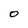
Character: 0